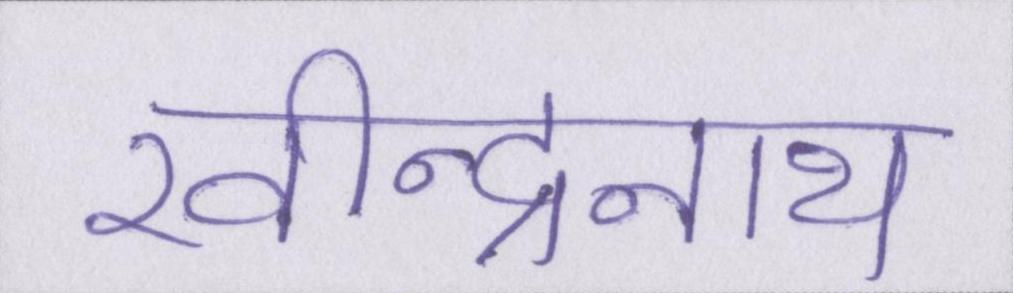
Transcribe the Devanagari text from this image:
रवीन्द्रनाथ